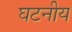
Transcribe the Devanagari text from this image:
घटनीय